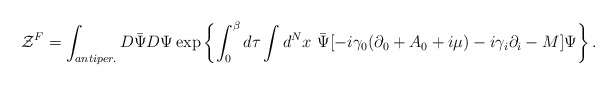
\begin{align*}{\cal Z}^F=\int_{antiper.} D\bar\Psi D\Psi\exp\left\{\int_0^\beta d\tau \int d^Nx\ \bar\Psi [-i\gamma_0(\partial_0 +A_0 +i\mu) -i\gamma_i\partial_i - M] \Psi\right\}.\end{align*}